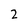
Character: 2